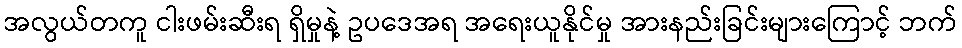
အလွယ်တကူ ငါးဖမ်းဆီးရ ရှိမှုနဲ့ ဥပဒေအရ အရေးယူနိုင်မှု အားနည်းခြင်းများကြောင့် ဘက်